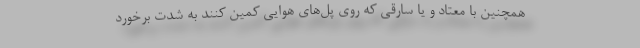
همچنین با معتاد و یا سارقی که روی پل‌های هوایی کمین کنند به شدت برخورد